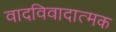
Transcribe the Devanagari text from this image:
वादविवादात्मक